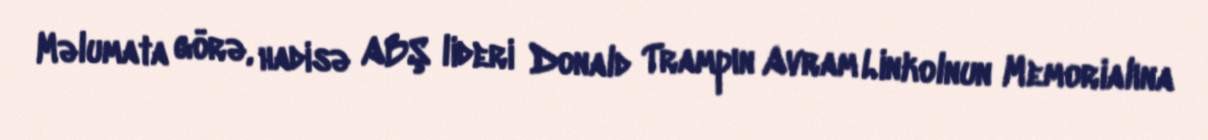
Məlumata görə, hadisə ABŞ lideri Donald Trampın Avram Linkolnun Memorialına